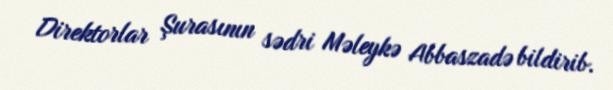
Direktorlar Şurasının sədri Məleykə Abbaszadə bildirib.